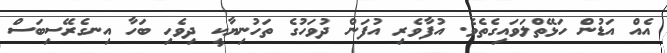
އެއް އަޑުން ހަޅޭތްލަވައިގެތެވެ. އުފާވެރި އުފަން ދުވަހުގެ ތަހުނިޔާކީ ދިވެހި ބަހާ އިނގެރޭސިބަސް